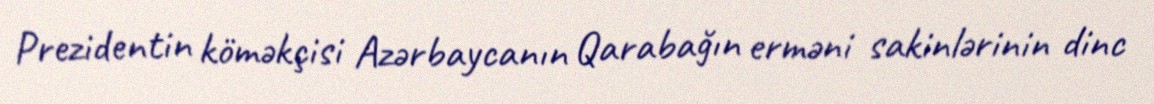
Prezidentin köməkçisi Azərbaycanın Qarabağın erməni sakinlərinin dinc